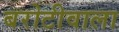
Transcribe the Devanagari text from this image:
बरोटीवाला